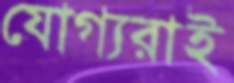
যোগ্যরাই